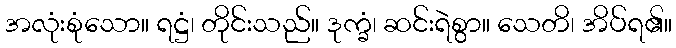
အလုံးစုံသော။ ရဋ္ဌံ၊ တိုင်းသည်။ ဒုက္ခံ၊ ဆင်းရဲစွာ။ သေတိ၊ အိပ်ရ၏။